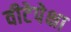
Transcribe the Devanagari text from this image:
वीटेपेक्षा